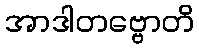
အာဒါတဗ္ဗောတိ